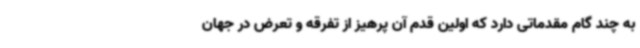
به چند گام مقدماتی دارد که اولین قدم آن پرهیز از تفرقه و تعرض در جهان